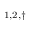
^ { 1 , 2 , \dagger }